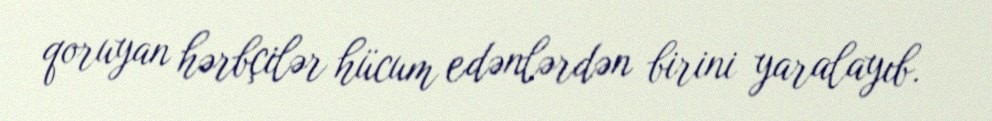
qoruyan hərbçilər hücum edənlərdən birini yaralayıb.